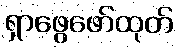
ရှာဖွေဖော်ထုတ်